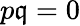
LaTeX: p\mathfrak{q}=0